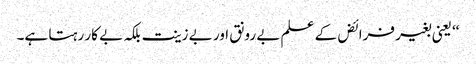
‘‘ یعنی بغیر فرائض کے علم بے رونق اور بے زینت بلکہ بے کار رہتا ہے۔